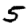
Digit: 5